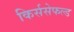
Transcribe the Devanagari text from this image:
किर्ससेफल्ड